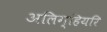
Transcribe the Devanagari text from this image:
अलिग्हियरि